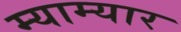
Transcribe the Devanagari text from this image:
म्याम्यार